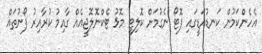
އެހެންކަމުން ކަނޑުއަޑީގައި ފޮޓޯ ނެގުމަށް ކޮލިޓީ މޮޅު ޓެކްނޮލޮޖީއެއް ގާއިމު ކުރާއިރު ފޯނުތައް